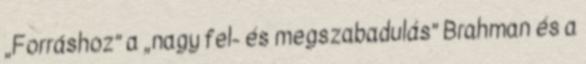
„Forráshoz” a „nagy fel- és megszabadulás” Brahman és a